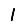
Digit: 1